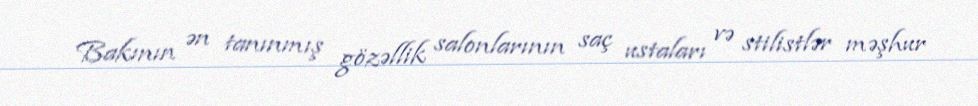
Bakının ən tanınmış gözəllik salonlarının saç ustaları və stilistlər məşhur